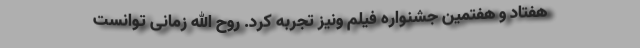
هفتاد و هفتمین جشنواره فیلم ونیز تجربه کرد. روح الله زمانی توانست